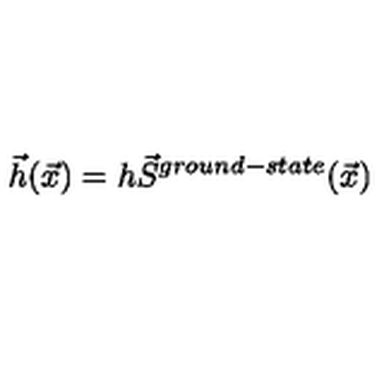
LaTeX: \vec { h } ( \vec { x } ) = h \vec { S } ^ { g r o u n d - s t a t e } ( \vec { x } )